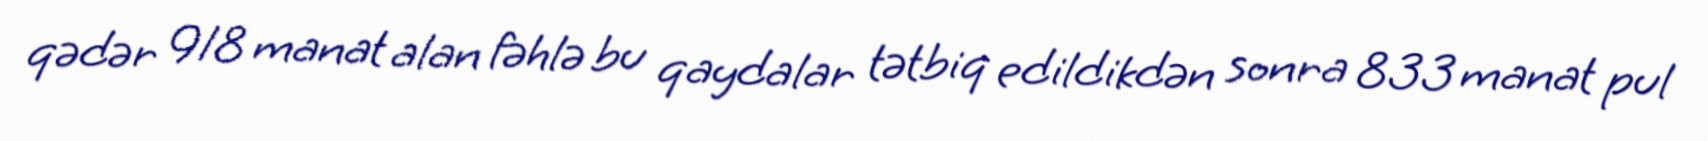
qədər 918 manat alan fəhlə bu qaydalar tətbiq edildikdən sonra 833 manat pul